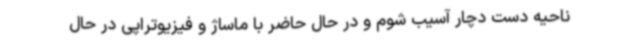
ناحیه دست دچار آسیب شوم و در حال حاضر با ماساژ و فیزیوتراپی در حال